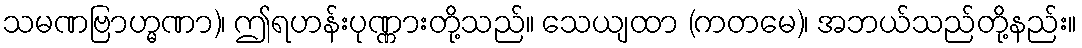
သမဏဗြာဟ္မဏာ)၊ ဤရဟန်းပုဏ္ဏားတို့သည်။ သေယျထာ (ကတမေ)၊ အဘယ်သည်တို့နည်း။